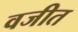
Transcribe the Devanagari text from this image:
वजीत